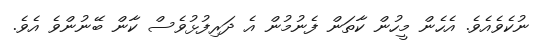
ނުކެވެއެވެ. އެހެން މީހުން ކާތަން ފެނުމުން އެ ދަރިފުޅުވެސް ކާން ބޭނުންވެ އެވެ.